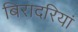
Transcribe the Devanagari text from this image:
बिरादरियां